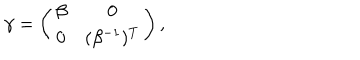
LaTeX: \gamma = \left( \begin{array} { c c } { { \beta } } & { { 0 } } \\ { { 0 } } & { { ( \beta ^ { - 1 } ) ^ { T } } } \\ \end{array} \right) ,